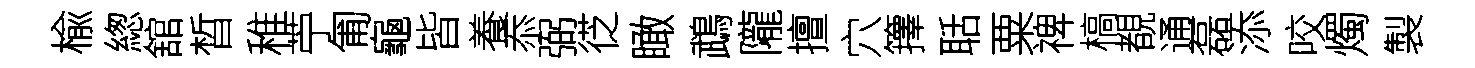
楡緫舘晳稚苧匍龜皆養忝弼徔瞰鵡隴擅穴籜聒粟禆槁覩通磊添咬燭製